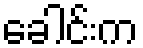
ခေါင်းက